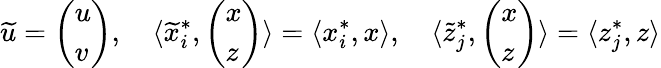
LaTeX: \widetilde{u}=\left(\begin{array}{l}{u}\\ {v}\end{array}\right),\quad\langle\widetilde{x}_{i}^{*},\left(\begin{array}{l}{x}\\ {z}\end{array}\right)\rangle=\langle x_{i}^{*},x\rangle,\quad\langle\widetilde{z}_{j}^{*},\left(\begin{array}{l}{x}\\ {z}\end{array}\right)\rangle=\langle z_{j}^{*},z\rangle